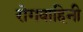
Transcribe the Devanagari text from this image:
रोगवाहिनी